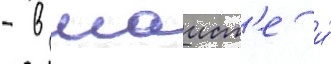
- в маист'е и́